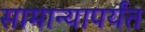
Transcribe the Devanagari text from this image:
सामान्यापर्यंत